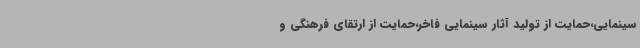
سینمایی،حمایت از تولید آثار سینمایی فاخر،حمایت از ارتقای فرهنگی و